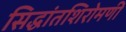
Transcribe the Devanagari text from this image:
सिद्धांतशिरोमणी